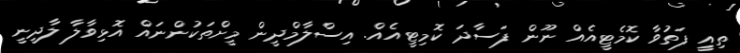
ތިއިީ ފަތުވާ ކޮމެޓީއެއް ނޫން ފަސާދަ ކޮމިޓީއެއް. އިސްލާމްދީން މީށްތަކުންނައް އޮޅިވާލާ ލާދީނީ